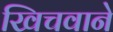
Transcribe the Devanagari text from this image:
खिचवाने